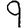
Digit: 9